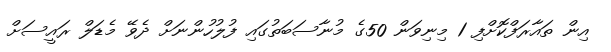
އިން ތައާރަފްކޮށްފި 1 މިނިވަން 50ގެ މުނާސަބަތުގައި ފުލުހުންނަށް ދެވޭ މެޑަލް ރައީސަށް